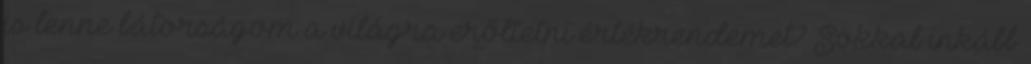
is lenne bátorságom a világra erőltetni értékrendemet? Sokkal inkább